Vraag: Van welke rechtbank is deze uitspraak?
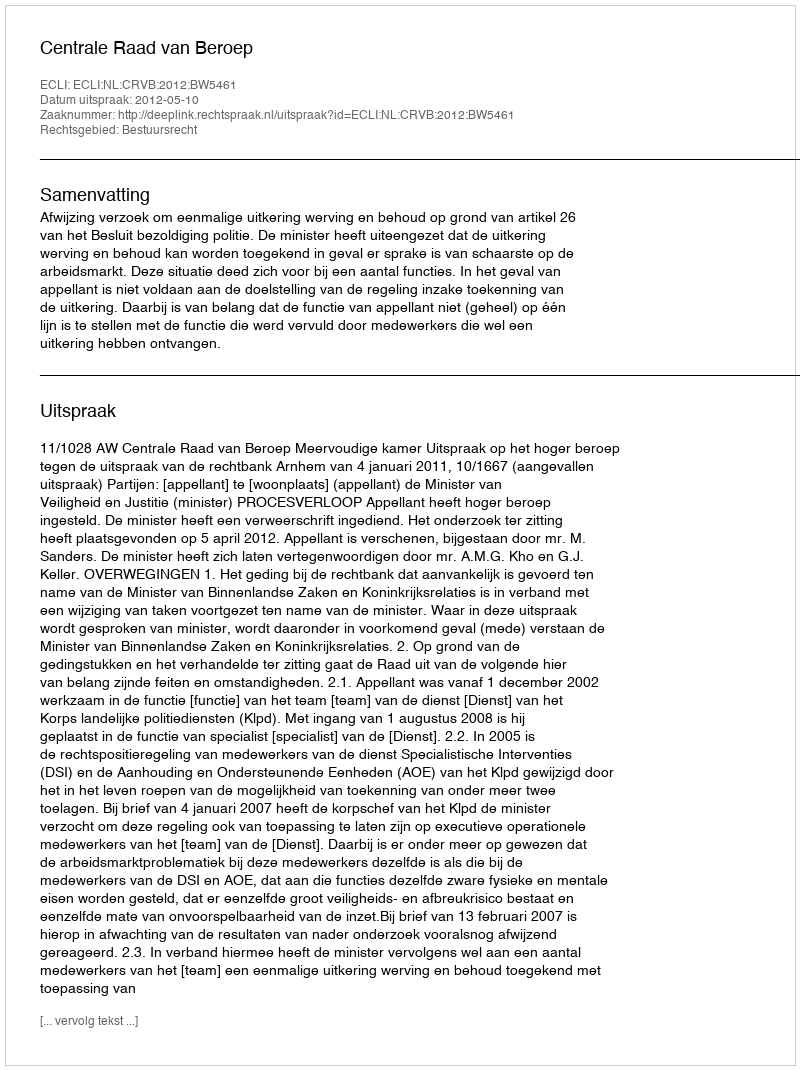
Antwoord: Centrale Raad van Beroep